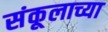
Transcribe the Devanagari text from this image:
संकूलाच्या